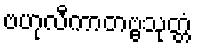
ဗဟုလီကာတဗ္ဗသုတ္တံ